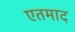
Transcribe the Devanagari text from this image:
एतमाद